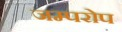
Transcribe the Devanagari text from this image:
जम्परोप